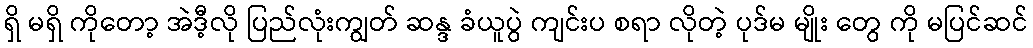
ရှိ မရှိ ကိုတော့ အဲဒီ့လို ပြည်လုံးကျွတ် ဆန္ဒ ခံယူပွဲ ကျင်းပ စရာ လိုတဲ့ ပုဒ်မ မျိုး တွေ ကို မပြင်ဆင်